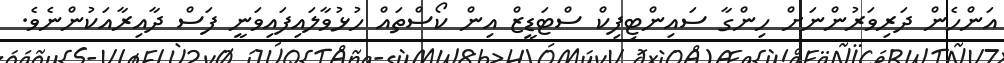
އަންހެން ދަރިވަރުންނަށް ހިންގާ ސައިންޓިފިކް ސްޓަޑީޒް އިން ކޯސްތައް ހުޅުވާލައިފައިވަނީ ފަސް ދާއިރާއަކުންނެވެ.